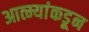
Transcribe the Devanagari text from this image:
आत्म्यांकडून